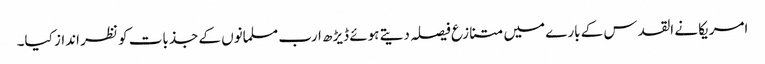
امریکا نے القدس کے بارے میں متنازع فیصلہ دیتے ہوئے ڈیڑھ ارب مسلمانوں کے جذبات کو نظر انداز کیا۔